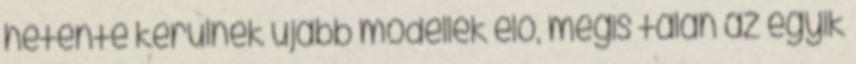
hetente kerülnek újabb modellek elő, mégis talán az egyik